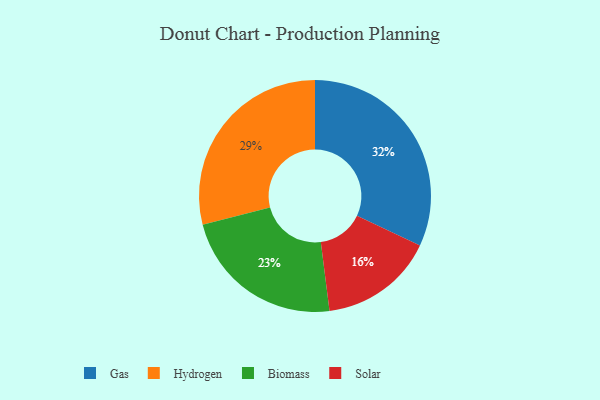
{"axis": {"x": "Category", "y": "Percentage"}, "legend": ["Biomass", "Gas", "Hydrogen", "Solar"], "data": [{"x": "Gas", "y": 32, "type": "Gas"}, {"x": "Hydrogen", "y": 29, "type": "Hydrogen"}, {"x": "Solar", "y": 16, "type": "Solar"}, {"x": "Biomass", "y": 23, "type": "Biomass"}]}